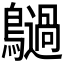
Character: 𪇍